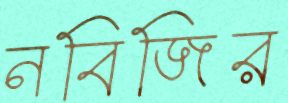
নবিজির